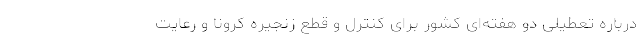
درباره تعطیلی دو هفته‌ای کشور برای کنترل و قطع زنجیره کرونا و رعایت